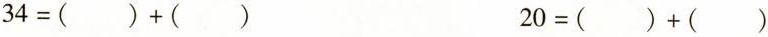
34=( )+( ) 20=( )+( )